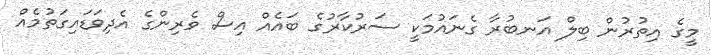
މީގެ އިތުރުން ބިލް އަނބުރާ ގެނައުމަކީ ސަރުކާރުގެ ބައެއް އިސް ވެރިންގެ އެދިވަޑައިގަތުމެއް